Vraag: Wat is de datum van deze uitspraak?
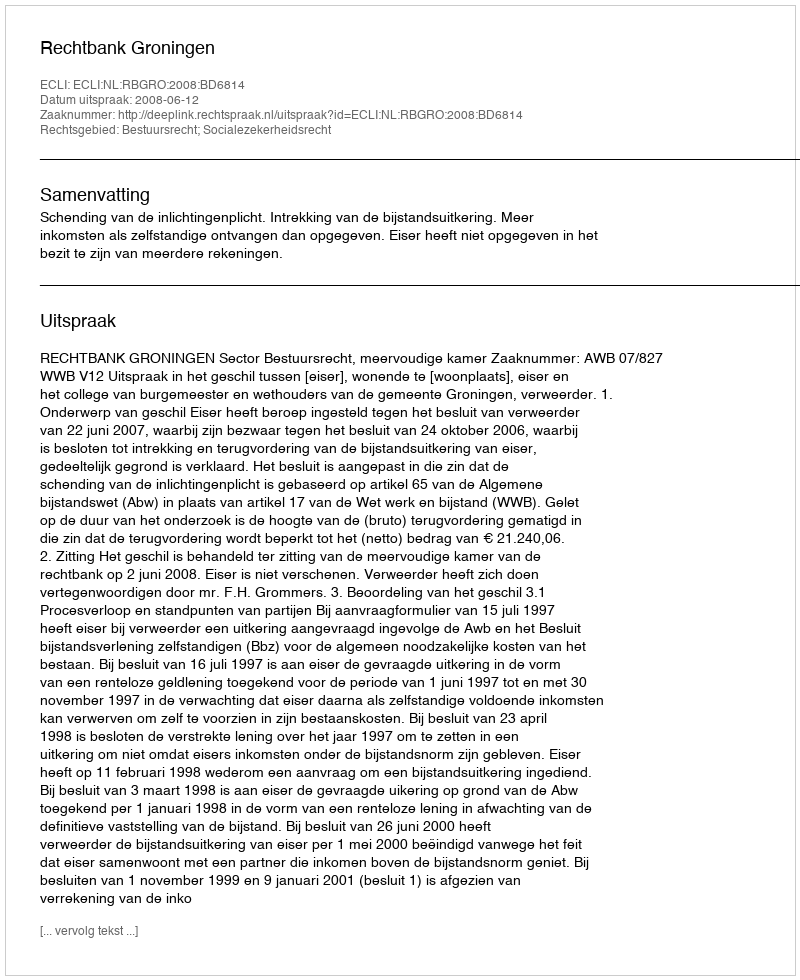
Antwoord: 2008-06-12